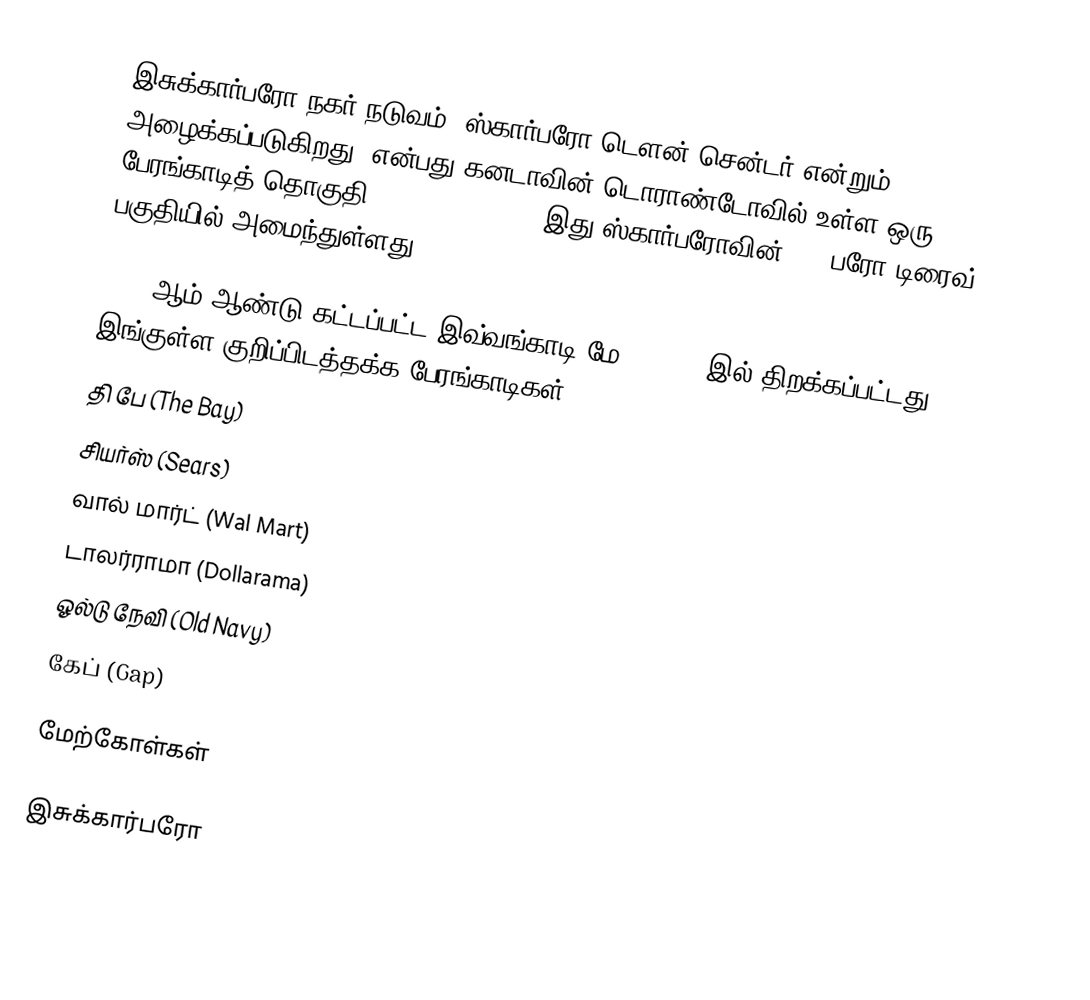
இசுக்கார்பரோ நகர் நடுவம் (ஸ்கார்பரோ டௌன் சென்டர் என்றும் அழைக்கப்படுகிறது) என்பது கனடாவின் டொராண்டோவில் உள்ள ஒரு பேரங்காடித் தொகுதி (Shopping Mall). இது ஸ்கார்பரோவின் 300 பரோ டிரைவ் பகுதியில் அமைந்துள்ளது.

1972 ஆம் ஆண்டு கட்டப்பட்ட இவ்வங்காடி மே 2, 1973-இல் திறக்கப்பட்டது. இங்குள்ள குறிப்பிடத்தக்க பேரங்காடிகள்:
 தி பே (The Bay)
 சியர்ஸ் (Sears)
 வால் மார்ட் (Wal Mart)
 டாலர்ராமா (Dollarama)
 ஓல்டு நேவி (Old Navy)
 கேப் (Gap)

மேற்கோள்கள்

இசுக்கார்பரோ